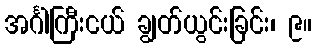
အင်္ဂါကြီးငယ် ချွတ်ယွင်းခြင်း၊ ၉။